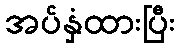
အပ်နှံထားပြီး